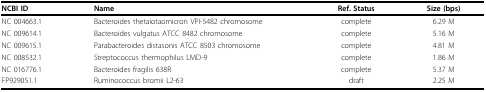
<table><thead><tr><td><b>NCBI ID</b></td><td><b>Name</b></td><td><b>Ref. Status</b></td><td><b>Size (bps)</b></td></tr></thead><tbody><tr><td>NC 004663.1</td><td>Bacteroides thetaiotaomicron VPI-5482 chromosome</td><td>complete</td><td>6.29 M</td></tr><tr><td>NC 009614.1</td><td>Bacteroides vulgatus ATCC 8482 chromosome</td><td>complete</td><td>5.16 M</td></tr><tr><td>NC 009615.1</td><td>Parabacteroides distasonis ATCC 8503 chromosome</td><td>complete</td><td>4.81 M</td></tr><tr><td>NC 008532.1</td><td>Streptococcus thermophilus LMD-9</td><td>complete</td><td>1.86 M</td></tr><tr><td>NC 016776.1</td><td>Bacteroides fragilis 638R</td><td>complete</td><td>5.37 M</td></tr><tr><td>FP929051.1</td><td>Ruminococcus bromii L2-63</td><td>draft</td><td>2.25 M</td></tr></tbody></table>